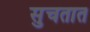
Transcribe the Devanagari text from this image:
सुचतात